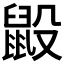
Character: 𪕂